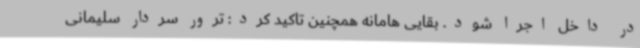
در داخل اجرا شود. بقایی هامانه همچنین تاکید کرد: ترور سردار سلیمانی